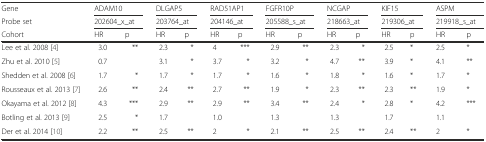
<table><thead><tr><td><b>Gene</b></td><td colspan="2"><b>ADAM10</b></td><td colspan="2"><b>DLGAP5</b></td><td colspan="2"><b>RAD51AP1</b></td><td colspan="2"><b>FGFR10P</b></td><td colspan="2"><b>NCGAP</b></td><td colspan="2"><b>KIF15</b></td><td colspan="2"><b>ASPM</b></td></tr><tr><td><b>Probe set</b></td><td colspan="2"><b>202604_x_at</b></td><td colspan="2"><b>203764_at</b></td><td colspan="2"><b>204146_at</b></td><td colspan="2"><b>205588_s_at</b></td><td colspan="2"><b>218663_at</b></td><td colspan="2"><b>219306_at</b></td><td colspan="2"><b>219918_s_at</b></td></tr><tr><td><b>Cohort</b></td><td><b>HR</b></td><td><b>p</b></td><td><b>HR</b></td><td><b>p</b></td><td><b>HR</b></td><td><b>p</b></td><td><b>HR</b></td><td><b>p</b></td><td><b>HR</b></td><td><b>p</b></td><td><b>HR</b></td><td><b>p</b></td><td><b>HR</b></td><td><b>p</b></td></tr></thead><tbody><tr><td>Lee et al. 2008 [4]</td><td>3.0</td><td>**</td><td>2.3</td><td>*</td><td>4</td><td>***</td><td>2.9</td><td>**</td><td>2.3</td><td>*</td><td>2.5</td><td>*</td><td>2.5</td><td>*</td></tr><tr><td>Zhu et al. 2010 [5]</td><td>0.7</td><td></td><td>3.1</td><td>*</td><td>3.7</td><td>*</td><td>3.2</td><td>*</td><td>4.7</td><td>**</td><td>3.9</td><td>*</td><td>4.1</td><td>**</td></tr><tr><td>Shedden et al. 2008 [6]</td><td>1.7</td><td>*</td><td>1.7</td><td>*</td><td>1.7</td><td>*</td><td>1.6</td><td>*</td><td>1.8</td><td>*</td><td>1.6</td><td>*</td><td>1.7</td><td>*</td></tr><tr><td>Rousseaux et al. 2013 [7]</td><td>2.6</td><td>**</td><td>2.4</td><td>**</td><td>2.7</td><td>**</td><td>1.9</td><td>*</td><td>2.3</td><td>**</td><td>2.3</td><td>**</td><td>1.9</td><td>*</td></tr><tr><td>Okayama et al. 2012 [8]</td><td>4.3</td><td>***</td><td>2.9</td><td>**</td><td>2.9</td><td>**</td><td>3.4</td><td>**</td><td>2.4</td><td>*</td><td>2.8</td><td>*</td><td>4.2</td><td>***</td></tr><tr><td>Botling et al. 2013 [9]</td><td>2.5</td><td>*</td><td>1.7</td><td></td><td>1.0</td><td></td><td>1.3</td><td></td><td>1.3</td><td></td><td>1.7</td><td></td><td>1.1</td><td></td></tr><tr><td>Der et al. 2014 [10]</td><td>2.2</td><td>**</td><td>2.5</td><td>**</td><td>2</td><td>*</td><td>2.1</td><td>**</td><td>2.5</td><td>**</td><td>2.4</td><td>**</td><td>2</td><td>*</td></tr></tbody></table>